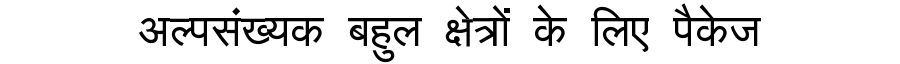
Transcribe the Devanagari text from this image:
अल्पसंख्यक बहुल क्षेत्रों के लिए पैकेज